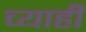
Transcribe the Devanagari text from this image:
च्याही